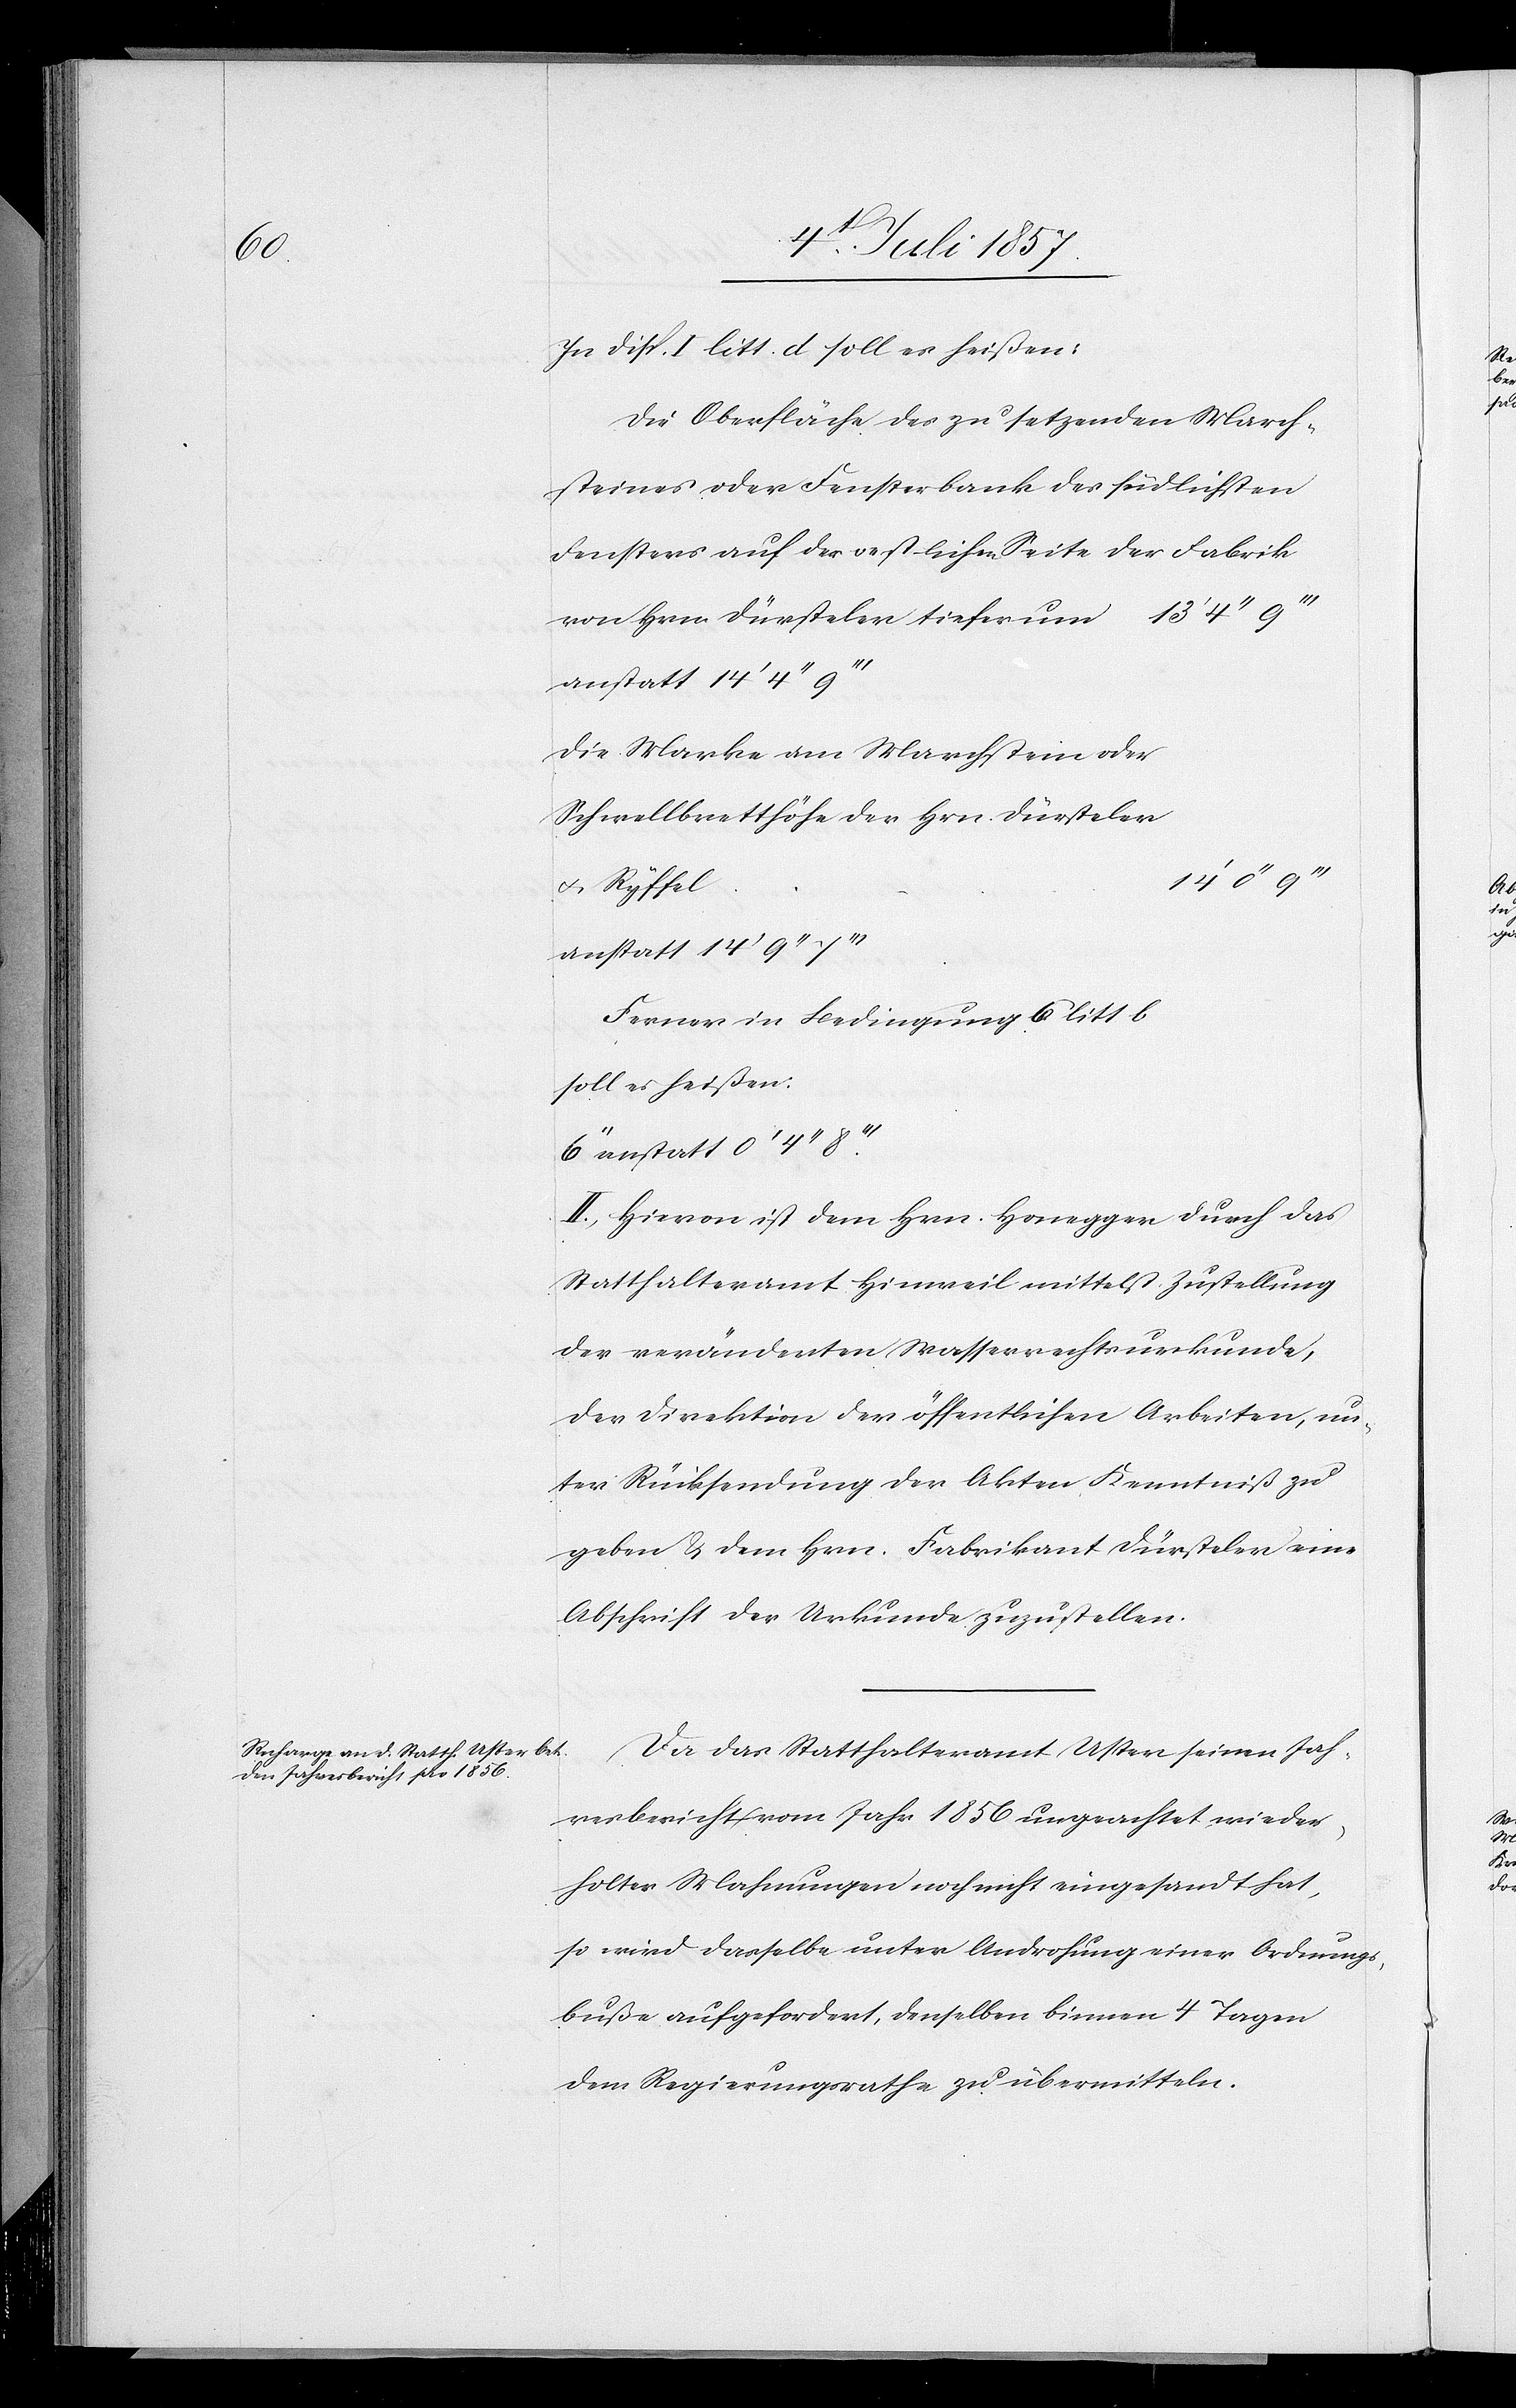
In Disp. I litt. d soll es heißen:
Die Oberfläche des zu setzenden March¬
steines oder Fensterbank des südlichsten
Fensters auf der oestlichen Seite der Fabrik
von Hrn. Dürsteler tiefer um	13’ 4’’
anstatt 14’ 4’’
Die Marke am Marchstein oder
Schwellbretthöhe der Hrn. Dürsteler
anstatt 14’ 9’’ 7’’’
Ferner in Bedingung 6 litt. b
soll es heissen:
II. Hievon ist dem Hrn. Honegger durch das
Statthalteramt Hinweil mittelst Zustellung
der veränderten Wasserrechtsurkunde,
der Direktion der öffentlichen Arbeiten, un¬
ter Rücksendung der Akten Kenntniß zu
geben & dem Hrn. Fabrikant Dürsteler eine
Abschrift der Urkunde zuzustellen.
Da das Statthalteramt Uster seinen Jah¬
resbericht vom Jahr 1856 ungeachtet wieder¬
holter Mahnungen noch nicht eingesandt hat,
so wird dasselbe unter Androhung einer Ordnungs¬
buße aufgefordert, denselben binnen 4 Tagen
dem Regierungsrathe zu übermitteln.